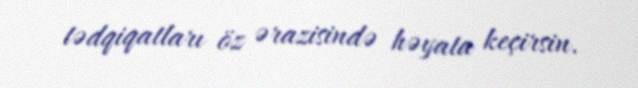
tədqiqatları öz ərazisində həyata keçirsin.